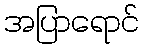
အပြာရောင်